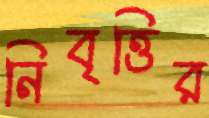
নিবৃত্তির